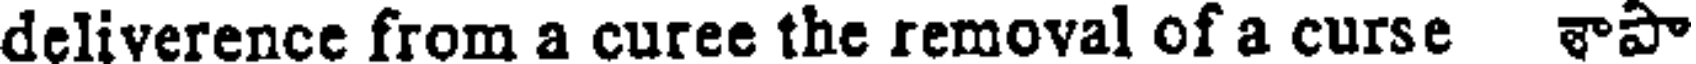
deliverence from a curee the removal of a curse శాపా